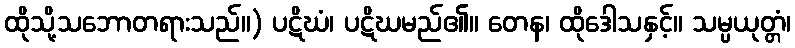
ထိုသို့သဘောတရားသည်။) ပဋိဃံ၊ ပဋိဃမည်၏။ တေန၊ ထိုဒေါသနှင့်။ သမ္ပယုတ္တံ၊